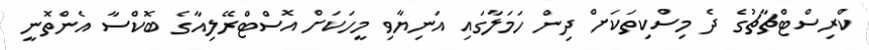
ކްރިސްޓްޗާޗުގެ ދެ މިސްކިތަކަށް ދިން ހަމަލާގައި އަނިޔާވި މީހަކަށް އޮސްޓްރޭލިއާގެ ބޮކްސާ އެންތޮނީ